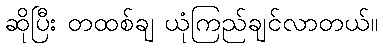
ဆိုပြီး တထစ်ချ ယုံကြည်ချင်လာတယ်။